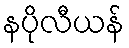
နပိုလီယန်